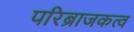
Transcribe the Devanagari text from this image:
परिब्राजकत्व